Vaccine operations Central Provinces 1900-1911 - 1900-1911
Year: 1900
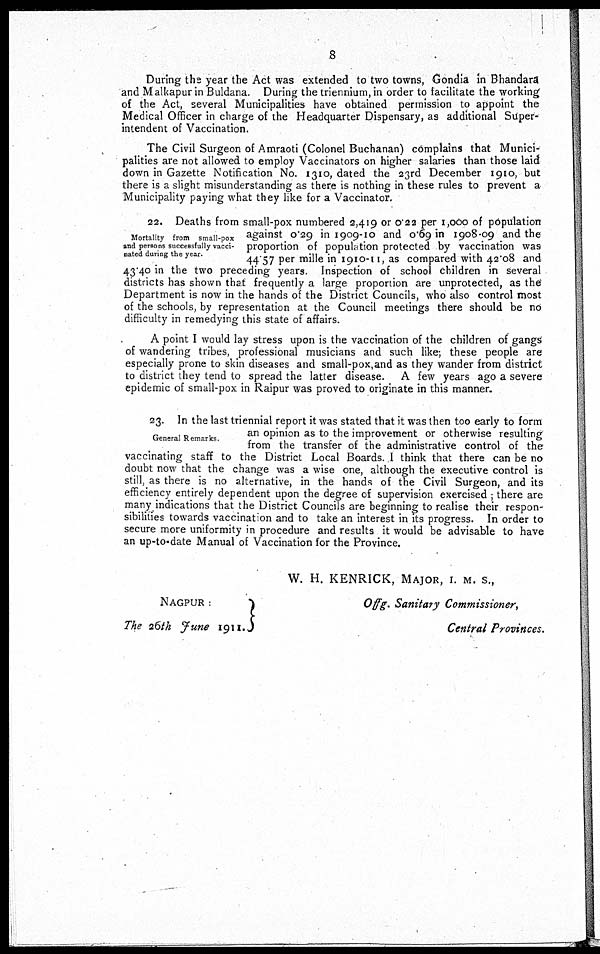
8
During the year the Act was extended to two towns, Gondia in Bhandara
and Malkapur in Buldana. During the triennium, in order to facilitate the working
of the Act, several Municipalities have obtained permission to appoint the
Medical Officer in charge of the Headquarter Dispensary, as additional Super-
intendent of Vaccination.
The Civil Surgeon of Amraoti (Colonel Buchanan) complains that Munici-
palities are not allowed to employ Vaccinators on higher salaries than those laid
down in Gazette Notification No. 1310, dated the 23rd December 1910, but
there is a slight misunderstanding as there is nothing in these rules to prevent a
Municipality paying what they like for a Vaccinator.
Mortality from small-pox
and persons successfully vacci-
nated during the year.
22. Deaths from small-pox numbered 2,419 or 0.22 per 1,000 of population
against 0.29 in 1909-10 and 0.69 in 1908-09 and the
proportion of population protected by vaccination was
44 57 per mille in 1910-11, as compared with 42.08 and
43.40 in the two preceding years. Inspection of school children in several
districts has shown that frequently a large proportion are unprotected, as the
Department is now in the hands of the District Councils, who also control most
of the schools, by representation at the Council meetings there should be no
difficulty in remedying this state of affairs.
A point I would lay stress upon is the vaccination of the children of gangs
of wandering tribes, professional musicians and such like; these people are
especially prone to skin diseases and small-pox,and as they wander from district
to district they tend to spread the latter disease. A few years ago a severe
epidemic of small-pox in Raipur was proved to originate in this manner.
General Remarks
23. In the last triennial report it was stated that it was then too early to form
an opinion as to the improvement or otherwise resulting
from the transfer of the administrative control of the
vaccinating staff to the District Local Boards. I think that there can be no
doubt now that the change was a wise one, although the executive control is
still, as there is no alternative, in the hands of the Civil Surgeon, and its
efficiency entirely dependent upon the degree of supervision exercised ; there are
many indications that the District Councils are beginning to realise their respon-
sibilities towards vaccination and to take an interest in its progress. In order to
secure more uniformity in procedure and results it would be advisable to have
an up-to-date Manual of Vaccination for the Province.
W. H. KENRICK, MAJOR, I. M. S.,
NAGPUR :
The 26th June 1911.
Offg. Sanitary Commissioner,
Central Provinces.